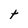
Character: t